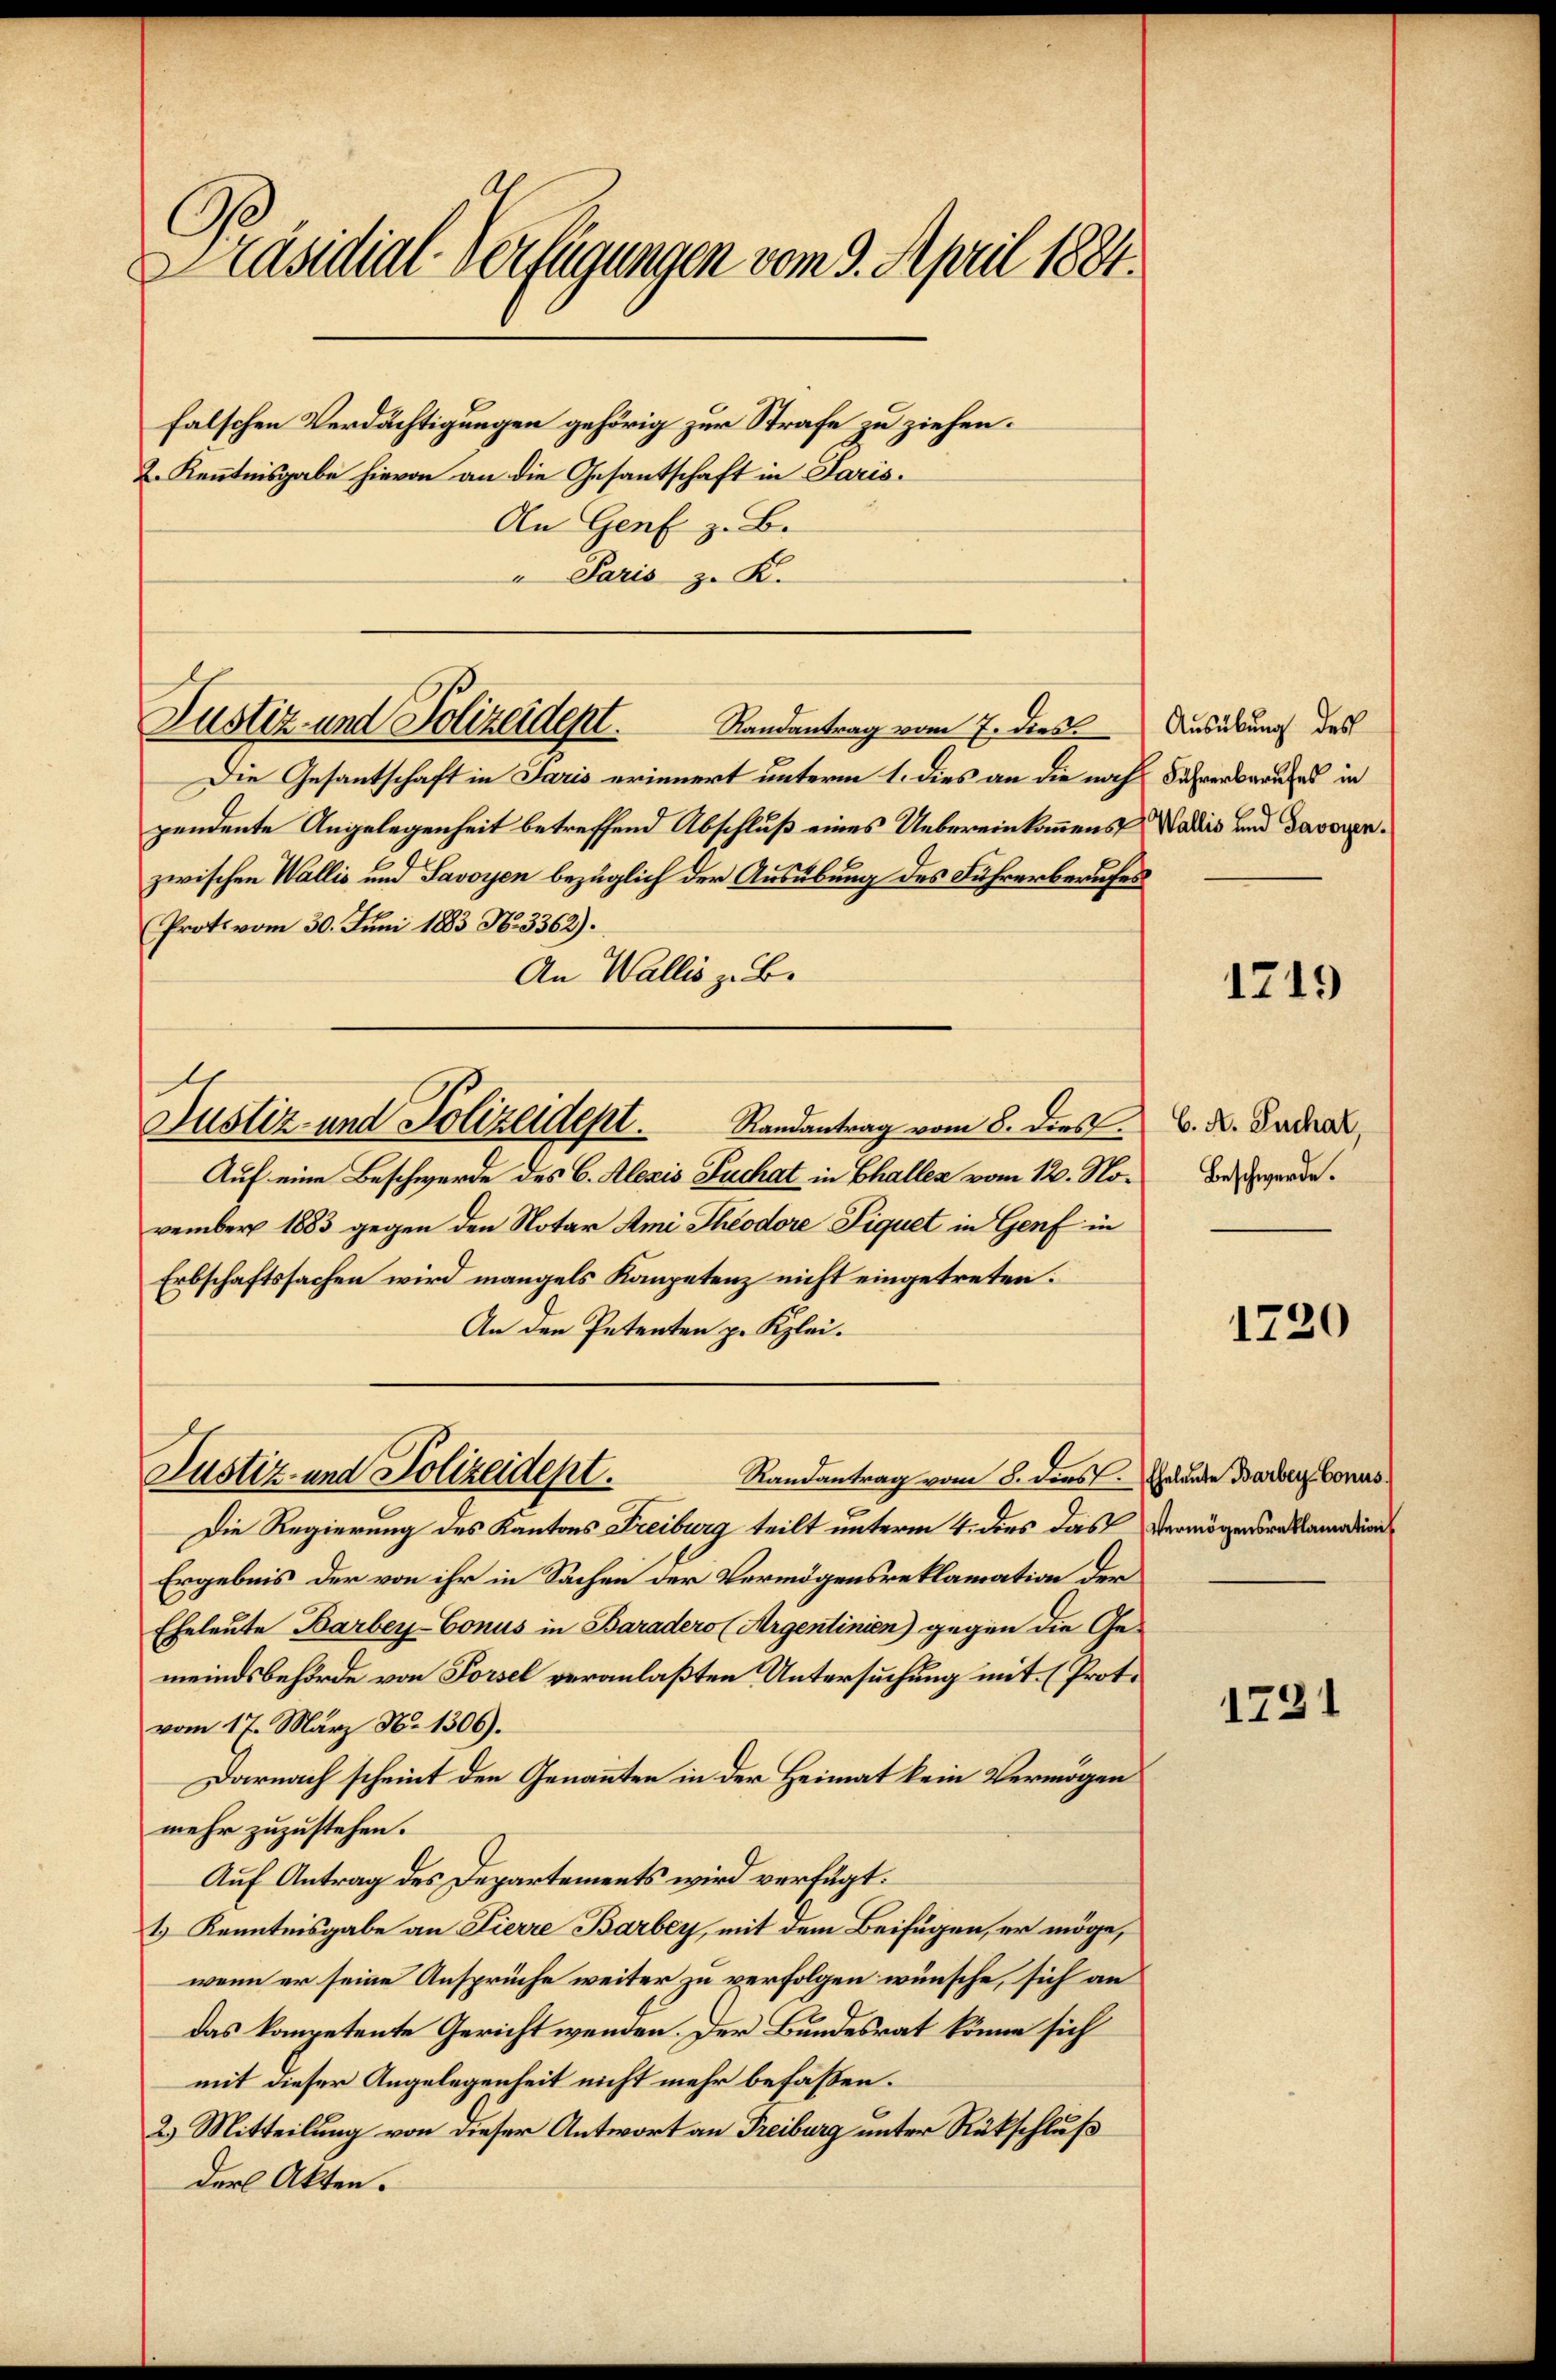
Präsidial-Verfügungen vom 9. April 1884.
falschen Verdächtigungen gehörig zur Strafe zu ziehen.
2. Kenntnisgabe hievon an die Gesantschaft in Paris.
An Genf z. B.

" Paris z. K.

Die Gesantschaft in Paris erinnert unterm 1. dies an die noch Jahrenbraufes in
pendente Angelegenheit betreffend Abschluß eines Uebereinkommens Wadiis und davorenzwischen Wallis und Savoyen bezüglich der Ausübung des Führerberufes
Proto vom 30. Juni 1883 No. 3362).
An Wallis z. B.
Auf eine Beschwerde des C. Alexis Tuchat in Challes vom 12. November 1883 gegen den Notar Ami Theodore Liquet in Genf in
Erbschaftssachen wird mangels Kompetenz nicht eingetreten.
An den Petenten p. Klei¬
Justiz- und Polizeidept.
Randantrag vom 8. dies. Eheleute Barber Conus¬
Die Regierung des Kantons Freiburg teilt unterm 4. dies das Vermögenssaadtlanden
Ergebnis der von ihr in Sachen der Vermögensreklamation der
Eheleute Barbey-Conus in Baradero (Argentinien) gegen die Ge-
meindsbehörde von Porsel veranlaßten Untersuchung mit (Prot.
vom 17. März No. 1306).
Darnach scheint den Genannten in der Heimat kein Vermögen
mehr zuzustehen.
Auf Antrag des Departements wird verfügt:
t.) Kenntnisgabe an Fierre Barbey, mit dem Beifügen, er möge,
wenn er seine Ansprüche weiter zu verfolgen wünsche, sich an
das kompetente Gericht wenden. Der Bundesrat könne sich
mit dieser Angelegenheit nicht mehr befassen.
2.) Mitteilung von dieser Antwort an Freiburg unter Rückschluß
der Akten.

Justiz und Polizeident.
Randantrag vom 7. dies Ausübung des

Justiz- und Polizeidept. Randantrag vom 8. dies

1219

C. A. Suchat,
Beschwerde.

1720

1231